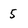
Character: 5